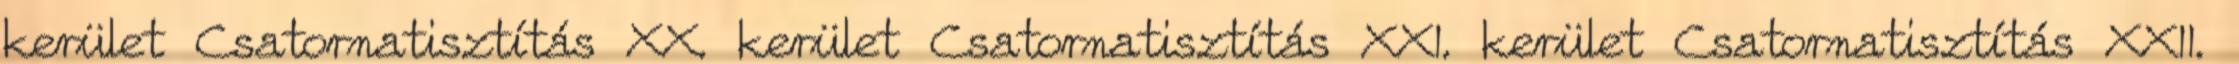
kerület Csatornatisztítás XX. kerület Csatornatisztítás XXI. kerület Csatornatisztítás XXII.